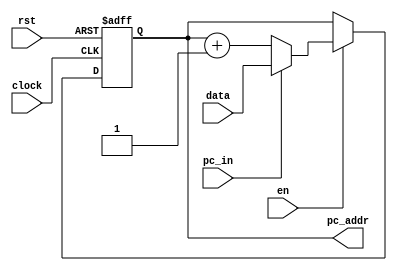
`timescale 1ns / 1ps
//PC, program counter
module counter(pc_addr, clock, rst, en, pc_in, data);
input clock, rst, en, pc_in;
input [7:0] data;
output reg [7:0] pc_addr;
wire [7:0] pc_ad;

always @(posedge clock or negedge rst) begin
	if(!rst) begin
		pc_addr <= 8'd0;
	end
	else begin
		if (en) 
		begin 
			if(pc_in) pc_addr <= data; // data to PC
			else pc_addr <= pc_addr+1;
		end
		else pc_addr <= pc_addr;
	end
end

endmodule